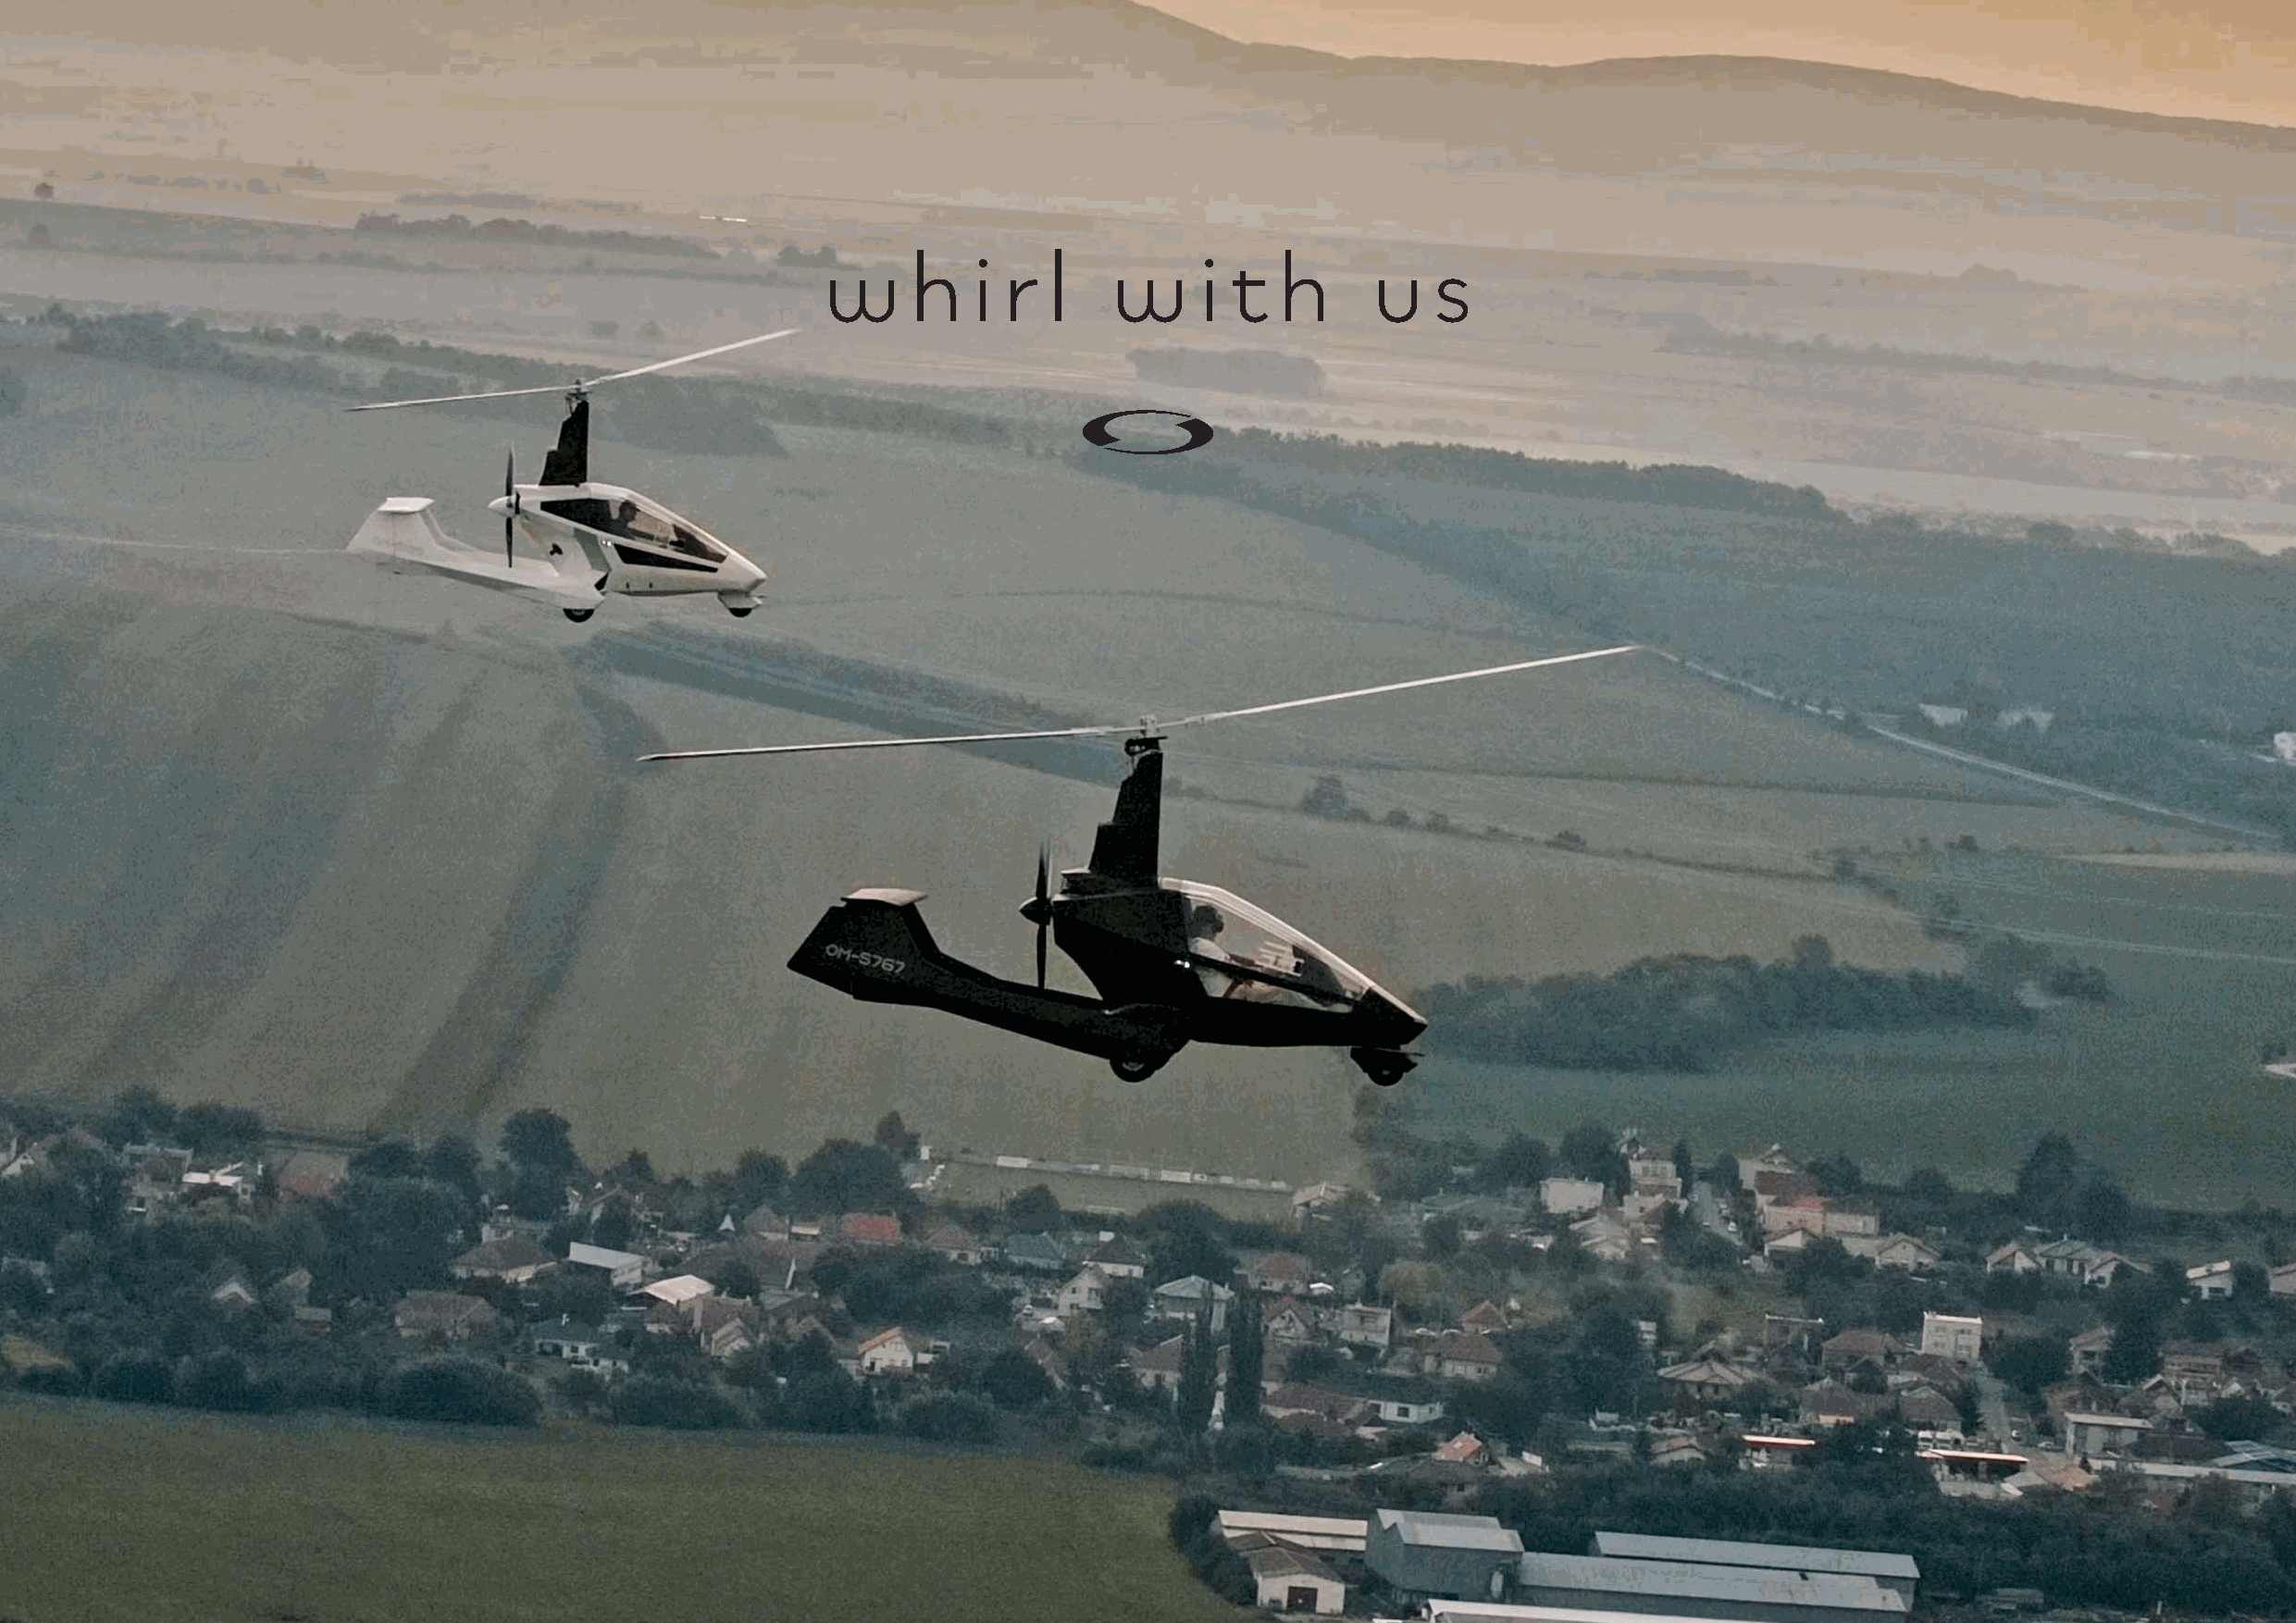
w     h   i  r  l   w      i t  h      u   s